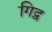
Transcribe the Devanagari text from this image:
गिद्व